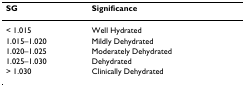
| SG | Significance |
 | --- | --- |
 | < 1.015 | Well Hydrated |
 | 1.015–1.020 | Mildly Dehydrated |
 | 1.020–1.025 | Moderately Dehydrated |
 | 1.025–1.030 | Dehydrated |
 | > 1.030 | Clinically Dehydrated |